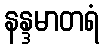
နန္ဒမာတရံ